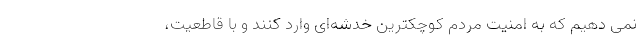
نمی دهیم که به امنیت مردم کوچکترین خدشه‌ای وارد کنند و با قاطعیت،